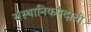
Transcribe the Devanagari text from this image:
संस्थानिकपदाची